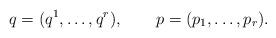
LaTeX: \begin{align*}q=(q^{1},\ldots,q^{r}),\qquad p=(p_{1},\ldots,p_{r}).\end{align*}